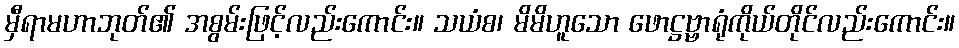
မှီရာမဟာဘုတ်၏ အစွမ်းဖြင့်လည်းကောင်း။ သယံစ၊ မိမိဟူသော ဖောဋ္ဌဗ္ဗာရုံကိုယ်တိုင်လည်းကောင်း။